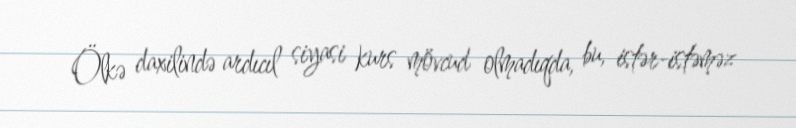
Ölkə daxilində ardıcıl siyasi kurs mövcud olmadıqda, bu, istər-istəməz